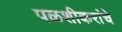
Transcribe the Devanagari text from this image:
पळशीकरांचे